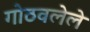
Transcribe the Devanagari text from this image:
गोठवलेले